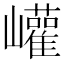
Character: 巏